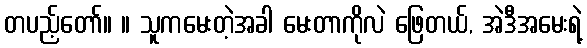
တပည့်တော်။ ။ သူကမေးတဲ့အခါ မေးတာကိုလဲ ဖြေတယ်, အဲဒီအမေးရဲ့